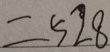
= 5 2 8